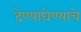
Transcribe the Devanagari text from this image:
देण्याघेण्याचे